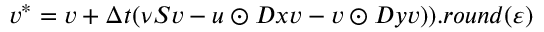
v ^ { * } = v + \Delta t ( \nu S v - u \odot D x v - v \odot D y v ) ) . r o u n d ( \varepsilon )